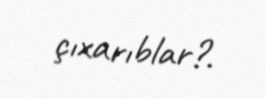
çıxarıblar?.